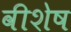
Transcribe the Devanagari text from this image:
वीशेष